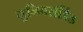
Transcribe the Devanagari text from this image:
युनिवर्सीडैड